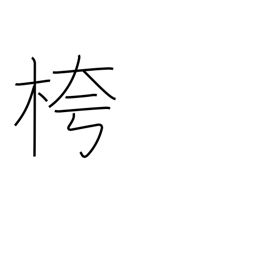
Meaning: empty